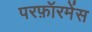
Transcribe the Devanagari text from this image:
परफ़ॉरमेंस